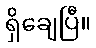
ရှိချေပြီ။